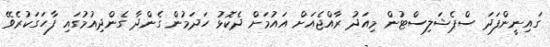
ގައިނީންފަދަ ސްޕެޝަލިސްޓުން މިއަދު ރާއްޖެއަށް އައުމަށް ދެކޮޅު ހަދަމުން ގެންދާ ގެންދިއުމުގައި ފާހަގަކުރެވޭ